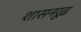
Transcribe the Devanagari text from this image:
शासनरूढ़